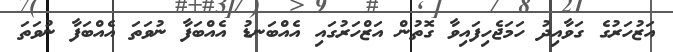
އަޒުހަރުގެ ގަވާއިދު ހަމަޖެހިފައިވާ ގޮތުން އަޒްހަރުގައި އެއްބަނޑު އެއްބަފާ ނުވަތަ އެއްބަފާ ނުވަތަ